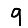
Digit: 9